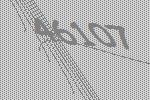
46107